Civil Veterinary Department. United Provinces 1923-31 - 1923-1931
Year: 1923
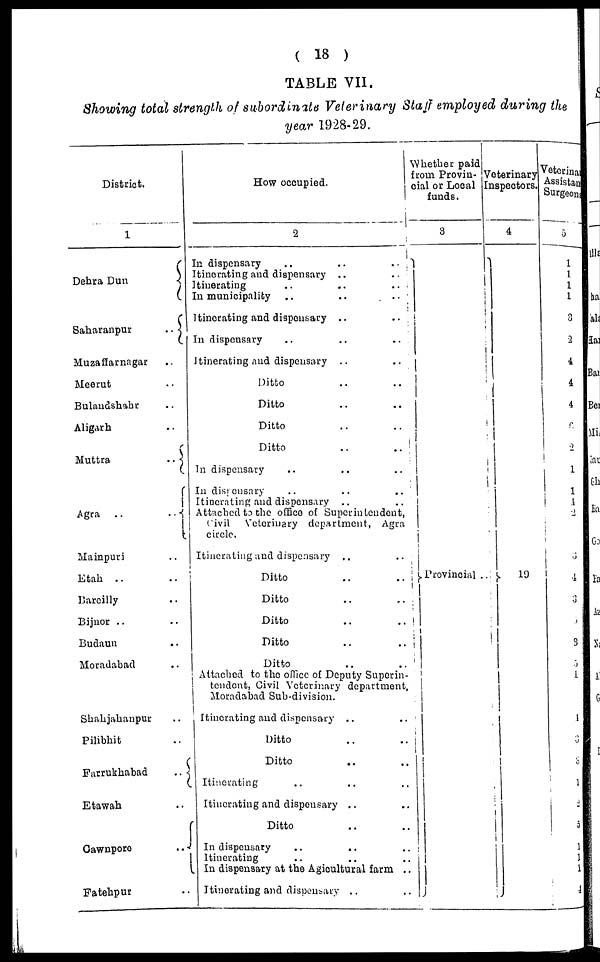
( 18 )
TABLE VII.
Showing total strength of subordinate Veterinary Staff employed during the
year 1928-29.
District.
1
Dehra Dun
Saharanpur ..
Muzaffarnagar ..
Meerut ..
Bulandshahr ..
Aligarh ..
Muttra ..
Agra .. ..
Mainpuri ..
Etah .. ..
Bareilly ..
Bijnor .. ..
Budaun ..
Moradabad ..
Shahjahanpur ..
Pilibhit ..
Farrukhabad ..
Etawah ..
Cawnpore ..
Fatehpur ..
How occupied.
2
In dispensary .. .. ..
Itinerating and dispensary .. ..
Itinerating .. ..
In municipality .. .. ..
Itinerating and dispensary .. .. ..
In dispensary .. .. ..
Itinerating and dispensary .. .. ..
Ditto .. ..
Ditto .. ..
Ditto .. ..
Ditto .. ..
In dispensary .. .. ..
In disipensary .. .. ..
Itinerating and dispensary .. ..
Attached to the office of Superintendent,
Civil Veterinary department, Agra
circle.
Itinerating and dispensary .. ..
Ditto .. ..
Ditto .. ..
Ditto .. ..
Ditto .. ..
Ditto .. ..
Attached to the office of Deputy Superin-
tendent, Civil Veterinary department,
Moradabad Sub-division.
Itinerating and dispensary .. ..
Ditto .. ..
Ditto .. ..
Itinerating .. .. ..
Itinerating and dispensary .. ..
Ditto .. ..
In dispensary .. .. ..
Itinerating
In dispensary at the Agicultural farm ..
Itinerating and dispensary .. ..
Whether paid
from Provin-
cial or Local
funds.
3
Provincial ..
Veterinary
Inspectors.
4
19
Veterinary
Assistan
Surgeons
5
1
1
1
1
3
2
4
4
4
3
2
1
1
4
2
3
4
3
3
3
5
4
4
3
3
1
2
5
1
1
1
4